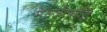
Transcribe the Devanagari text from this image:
मेज्ज़ोफोंती